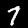
Label: 7